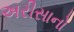
અરીસાનો